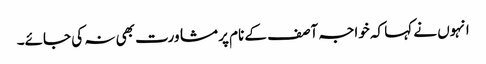
انہوں نے کہا کہ خواجہ آصف کے نام پر مشاورت بھی نہ کی جائے۔